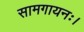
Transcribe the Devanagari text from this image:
सामगायनः।